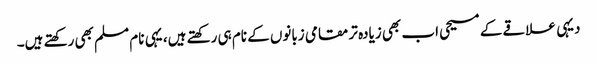
دیہی علاقے کے مسیحی اب بھی زیادہ تر مقامی زبانوں کے نام ہی رکھتے ہیں، یہی نام مسلم بھی رکھتے ہیں۔